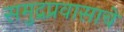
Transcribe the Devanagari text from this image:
समुद्रप्रवासाचे